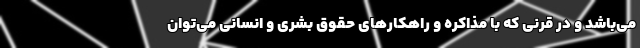
می‌باشد و در قرنی که با مذاکره و راهکار‌های حقوق بشری و انسانی می‌توان